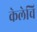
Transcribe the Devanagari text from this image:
केलेचि